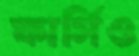
ফার্সিও